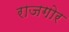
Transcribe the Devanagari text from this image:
राजगोर